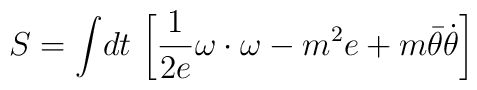
S=\int\! dt\ \biggl [ {1\over 2e} \omega\cdot\omega-m^2e+m\bar\theta{\dot \theta}\biggr ]